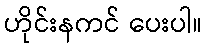
ဟိုင်းနကင် ပေးပါ။